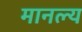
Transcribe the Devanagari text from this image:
मानल्य